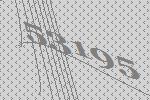
53195